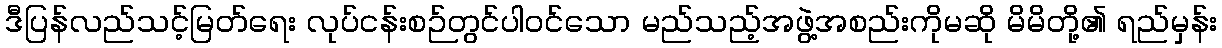
ဒီပြန်လည်သင့်မြတ်ရေး လုပ်ငန်းစဉ်တွင်ပါဝင်သော မည်သည့်အဖွဲ့အစည်းကိုမဆို မိမိတို့၏ ရည်မှန်း